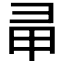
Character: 𢑖